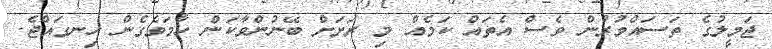
ޖަމީލުގެ ތަސައްވުރުން ވެސް އެތައް ކަމެއް މި ރަށަށް ބޭނުންވާކަން ހާމަވެގެން ހިނގައްޖެ.